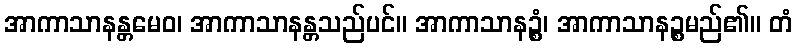
အာကာသာနန္တမေဝ၊ အာကာသာနန္တသည်ပင်။ အာကာသာနဉ္စံ၊ အာကာသာနဉ္စမည်၏။ တံ